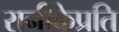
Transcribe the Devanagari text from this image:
रानीकेप्रति